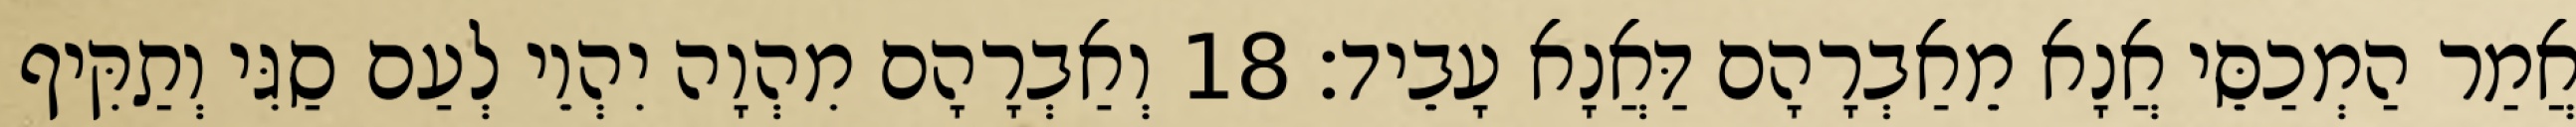
אֲמַר הַמְכַסֵּי אֲנָא מֵאַבְרָהָם דַּאֲנָא עָבֵיד׃ 18 וְאַבְרָהָם מִהְוָה יִהְוֵי לְעַם סַגִּי וְתַקִּיף